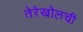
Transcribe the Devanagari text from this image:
तेरेखोलची